Annual vaccination report of Bihar and Orissa - 1911-1928
Year: 1911
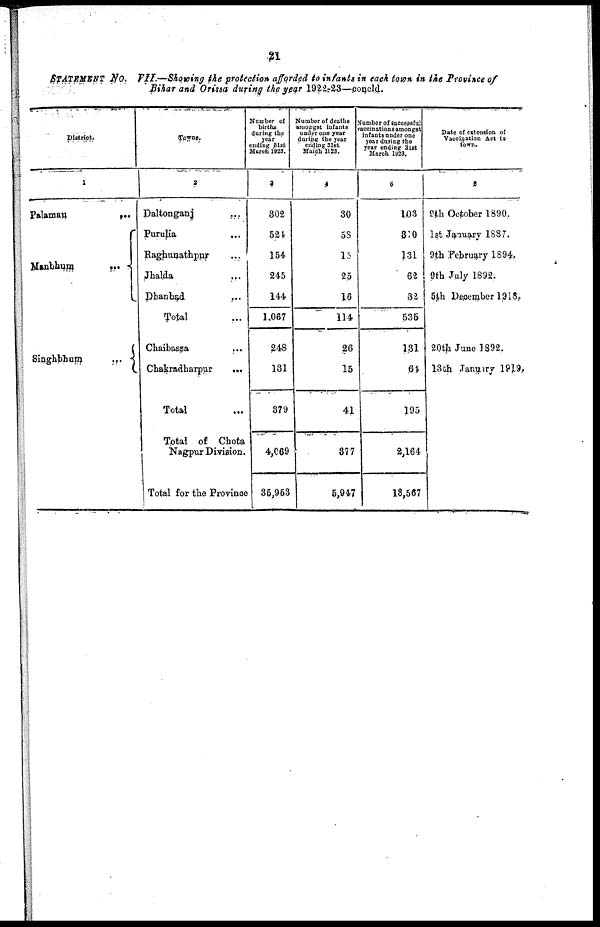
21
STATEMENT No. VII.—Showing the protection afforded to infants in each town in the Province of
Bihar and Orissa during the year 1922-23—concld.
District.
1
Palamau
...
Manbhum
...
Singhbhum
...
Towns.
2
Daltonganj ...
Purulia ...
Raghunathpur
...
Jhalda ...
Dhanbad
...
Total ...
Chaibassa ...
Chakradharpur
...
Total ...
Total of Chota
Nagpur Division.
Total for the Province
Number of
births
during the
year
ending 31st
March 1923.
3
302
524
154
245
144
1,067
248
131
379
4,069
35,953
Number of deaths
amongst infants
under one year
during the year
ending 31st
March 1923.
4
30
58
15
25
16
114
26
15
41
377
5,947
Number of successful
vaccinations amongst
infants under one
year during the
year ending 31st
March 1923.
5
103
310
31
62
32
535
131
64
195
2,164
13,567
Date of extension of
Vaccination Act to
town.
6
9 th October 1890.
1st January 1887.
9th February 1884.
9th July 1892.
5th December 1918.
20th June 1892.
13 th January 1919.